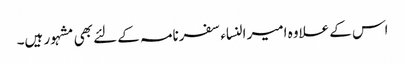
اس کے علاوہ امیر النساء سفرنامہ کے لئے بھی مشہور ہیں۔